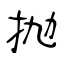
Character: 抛